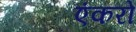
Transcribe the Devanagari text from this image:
एंकरों